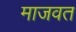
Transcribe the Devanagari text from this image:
माजवत